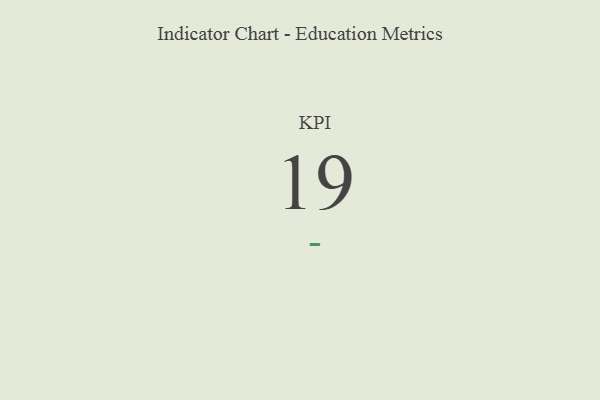
{"axis": {"x": "KPI", "y": "Value"}, "legend": [""], "data": [{"x": "KPI", "y": 19, "type": ""}]}